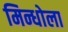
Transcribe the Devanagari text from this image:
मिन्धोला